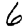
Digit: 6